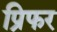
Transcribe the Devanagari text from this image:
प्रिफर